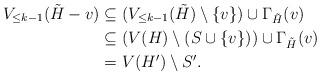
LaTeX: \begin{align*} V_{\leq k-1}(\tilde H-v) & \subseteq (V_{\leq k-1}(\tilde H)\setminus \{v\}) \cup \Gamma_{\tilde H}(v) \\ & \subseteq (V(H)\setminus (S\cup \{v\})) \cup \Gamma_{\tilde H}(v) \\ & = V(H')\setminus S'. \end{align*}